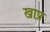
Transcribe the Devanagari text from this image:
खाप्रु